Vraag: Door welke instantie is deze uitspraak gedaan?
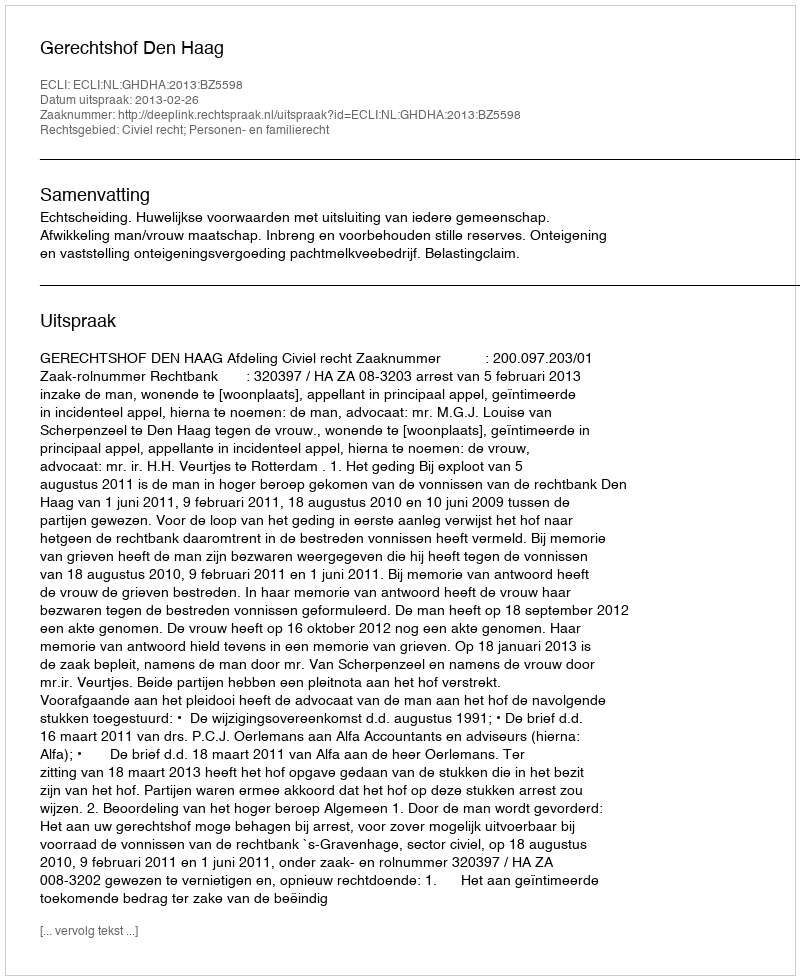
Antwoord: Gerechtshof Den Haag